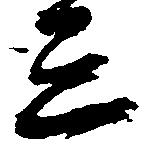
三